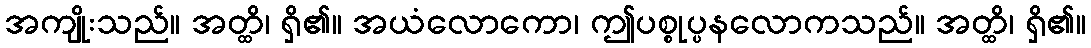
အကျိုးသည်။ အတ္ထိ၊ ရှိ၏။ အယံလောကော၊ ဤပစ္စုပ္ပနလောကသည်။ အတ္ထိ၊ ရှိ၏။